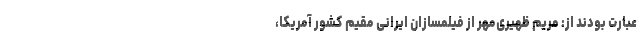
عبارت بودند از: مریم ظهیری‌مهر از فیلمسازان ایرانی مقیم کشور آمریکا،